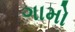
ગામો